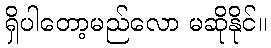
ရှိပါတော့မည်လော မဆိုနိုင်။